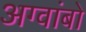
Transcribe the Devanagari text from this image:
अग्वांबो